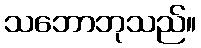
သဘောဘုသည်။